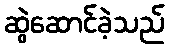
ဆွဲဆောင်ခဲ့သည်